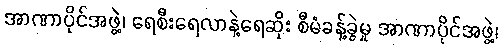
အာဏာပိုင်အဖွဲ့၊ ရေစီးရေလာနဲ့ရေဆိုး စီမံခန့်ခွဲမှု အာဏာပိုင်အဖွဲ့၊